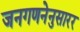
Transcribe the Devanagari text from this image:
जनगणनेनुसारर